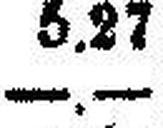
—.—